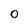
Character: 0